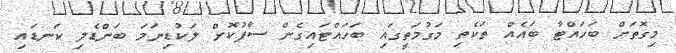
މިގޮތަށް ބަހައްޓާ ބައެއް ތަކެތި މަގުމަތީގައި ބަހައްޓައިގެން ސާފުކޮށް ލަކުޑިނަމަ ބަންޑެލި ކަނޑައި